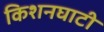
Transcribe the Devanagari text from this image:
किशनघाटी